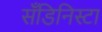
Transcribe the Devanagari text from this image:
सँडिनिस्टा